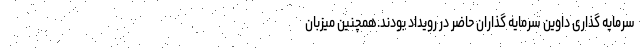
سرمایه گذاری داوین سرمایه گذاران حاضر در رویداد بودند.همچنین میزبان